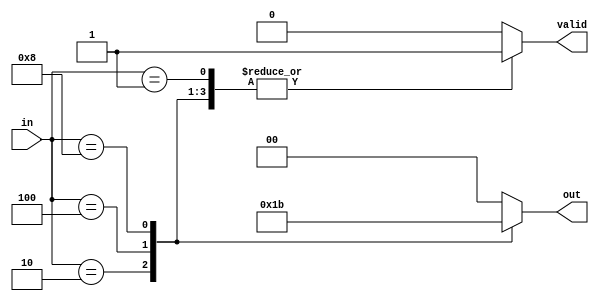
module multilevel_encoder (
    input wire [3:0] in,   // 4 input lines
    output reg [1:0] out,  // 2 output lines (log2(4) = 2)
    output reg valid       // Output valid signal
);

always @(*) begin
    // Default values
    out = 2'b00;     // Default output
    valid = 1'b0;    // Default invalid state

    case (in)
        4'b0001: begin
            out = 2'b00; // Input 0 is active
            valid = 1'b1;
        end
        4'b0010: begin
            out = 2'b01; // Input 1 is active
            valid = 1'b1;
        end
        4'b0100: begin
            out = 2'b10; // Input 2 is active
            valid = 1'b1;
        end
        4'b1000: begin
            out = 2'b11; // Input 3 is active
            valid = 1'b1;
        end
        default: begin
            // Handle invalid states (no input or multiple inputs active)
            out = 2'b00; // Default output
            valid = 1'b0; // No valid input
        end
    endcase
end

endmodule